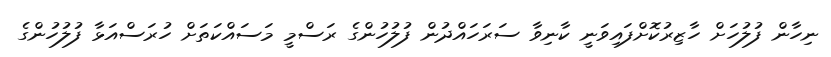
ނިހާން ފުލުހަށް ހާޒިރުކޮށްފައިވަނީ ކާނިވާ ސަރަހައްދުން ފުލުހުންގެ ރަސްމީ މަސައްކަތަށް ހުރަސްއަޅާ ފުލުހުންގެ